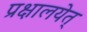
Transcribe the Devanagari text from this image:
प्रक्षालयेत्